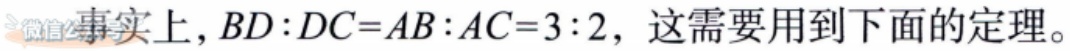
事实上，\(BD:DC = AB:AC = 3:2\)，这需要用到下面的定理。